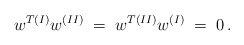
\begin{align*}w^{T(I)}w^{(II)} \;= \; w^{T(II)}w^{(I)} \;=\; 0\,.\end{align*}